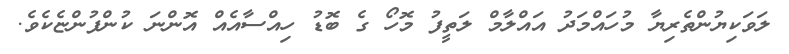
ލަވަކިޔުންތެރިޔާ މުހައްމަދު އައްލާމް ލަތީފު މޮހޯ ގެ ބޮޑު ހިއްސާއެއް އޮންނަ ކުންފުންޏެކެވެ.